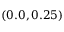
( 0 . 0 , 0 . 2 5 )